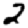
Digit: 2